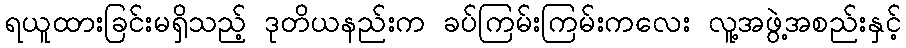
ရယူထားခြင်းမရှိသည့် ဒုတိယနည်းက ခပ်ကြမ်းကြမ်းကလေး လူ့အဖွဲ့အစည်းနှင့်